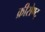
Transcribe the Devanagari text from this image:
क्रीसेण्ट्